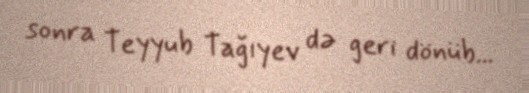
sonra Teyyub Tağıyev də geri dönüb...